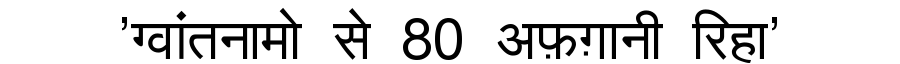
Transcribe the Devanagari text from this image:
'ग्वांतनामो से 80 अफ़ग़ानी रिहा'